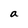
Character: a